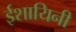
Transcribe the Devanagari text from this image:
ईशायिनी